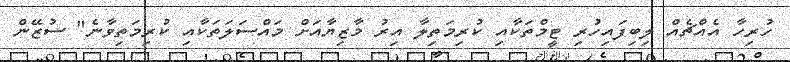
ހުރިހާ އެއްޗެއް ލިބިފައިހުރި ޓީމްތަކާއި ކުރިމަތިލާ އިރު މާޒިޔާއަށް މައްސަލަތަކާއި ކުރިމަތިވާނެ" ސުޒޭން